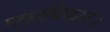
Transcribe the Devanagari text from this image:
एकाधिकार।